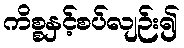
ကိစ္စနှင့်စပ်လျဉ်း၍